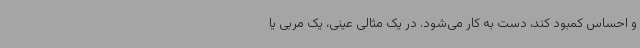
و احساس کمبود کند، دست به کار می‌شود. در یک مثالی عینی، یک مربی یا